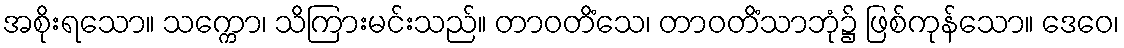
အစိုးရသော။ သက္ကော၊ သိကြားမင်းသည်။ တာဝတိံသေ၊ တာဝတိံသာဘုံ၌ ဖြစ်ကုန်သော။ ဒေဝေ၊